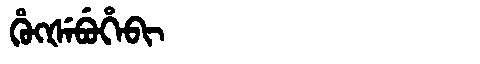
Manchu: ᡥᡠᡴᡧᡝᠪᡠᡥᡝᠪᡳ
Romanization: HUKŠEBUHEBI